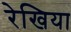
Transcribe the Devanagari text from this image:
रेखिया